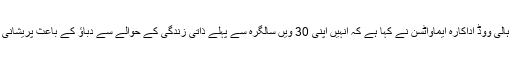
برطانوی نشریاتی ادارے کے مطابق ہالی ووڈ اداکارہ ایماواٹسن نے کہا ہے کہ انہیں اپنی 30 ویں سالگرہ سے پہلے ذاتی زندگی کے حوالے سے دباؤ کے باعث پریشانی اوربے چینی کا سامنا کرنا پڑرہاہے۔